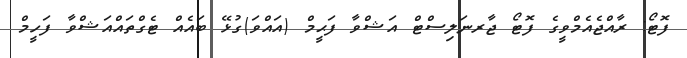
ފޮޓޯ: ރާއްޖެއެމްވީގެ ފޮޓޯ ޖާރނަލިސްޓް އަޝްވާ ފަޙީމް (އައްވަ)ގުޅޭ ބައެއް ޓެގްތައްއަޝްވާ ފަހީމް